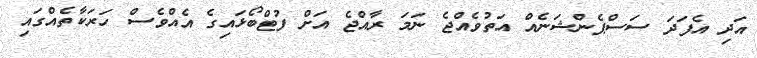
އަދި އެފަދަ ސަސްޕެންޝަނެއް އަތުވެއްޖެ ނަމަ ރާއްޖެ އަށް ފުޓްބޯޅައިގެ އެއްވެސް ހަރަކާތެއްގައި